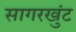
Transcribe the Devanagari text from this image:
सागरखुंट